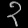
Digit: ၃